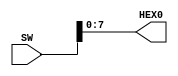
// ECEN2350 Intro to Verilog
// 7/15/2018, Michael Deeds
// University of Colorado, Boulder
// 


module DE10_LITE_Golden_Top(

/*
	
	output		     [7:0]		HEX1,
	output		     [7:0]		HEX2,
	output		     [7:0]		HEX3,
	output		     [7:0]		HEX4,
	output		     [7:0]		HEX5,
*/
	output		     [7:0]		HEX0,
	//output		     [9:0]		LEDR,
	input 		     [9:0]		SW
);

assign HEX0[7]=SW[7];
assign HEX0[6]=SW[6];
assign HEX0[5]=SW[5];
assign HEX0[4]=SW[4];
assign HEX0[3]=SW[3];
assign HEX0[2]=SW[2];
assign HEX0[1]=SW[1];
assign HEX0[0]=SW[0];
wire a[9:0];
reg f;			// We must use the 'reg' data type for always statements, 
					// even when defining combinational logic.
/*
assign a[0]= SW[0];
assign a[1] = SW[1];
assign LEDR[0] = f;
assign LEDR[9:1] = 9'h0;		// set all unused LED outputs to 0 (off)

always @ (a) 	
begin
	if (a[0] == 1 && a[1] == 0)
		 f = 1;
	else if (a[0] == 0 && a[1] == 1)
		 f = 1;
	else
		 f = 0;
end
*/
endmodule